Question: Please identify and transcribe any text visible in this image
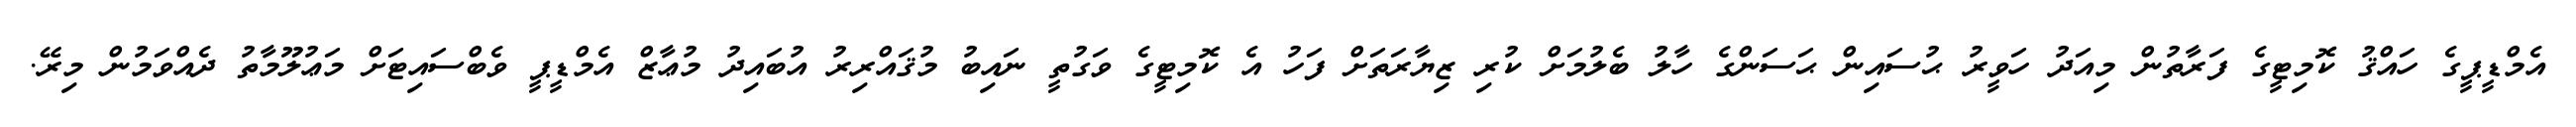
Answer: އެމްޑީޕީގެ ހައްޤު ކޮމިޓީގެ ފަރާތުން މިއަދު ހަވީރު ޙުސައިން ޙަސަންގެ ހާލު ބެލުމަށް ކުރި ޒިޔާރަތަށް ފަހު އެ ކޮމިޓީގެ ވަގުތީ ނައިބު މުޤައްރިރު އުބައިދު މުޢާޒް އެމްޑީޕީ ވެބްސައިޓަށް މަޢުލޫމާތު ދެއްވަމުން މިރޭ.